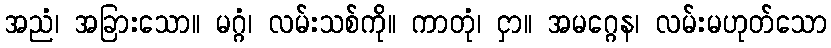
အညံ၊ အခြားသော။ မဂ္ဂံ၊ လမ်းသစ်ကို။ ကာတုံ၊ ငှာ။ အမဂ္ဂေန၊ လမ်းမဟုတ်သော